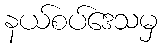
နယ်စပ်ဒေသမှ